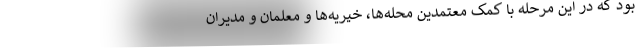
بود که در این مرحله با کمک معتمدین محله‌ها، خیریه‌ها و معلمان و مدیران